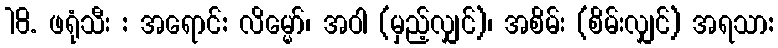
18. ဖရုံသီး : အရောင်: လိမ္မော်၊ အဝါ (မှည့်လျှင်)၊ အစိမ်း (စိမ်းလျှင်) အရသာ: